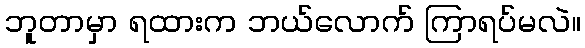
ဘူတာမှာ ရထားက ဘယ်လောက် ကြာရပ်မလဲ။